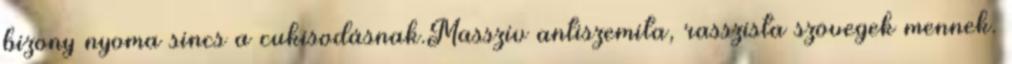
bizony nyoma sincs a cukisodásnak.Masszív antiszemita, rasszista szövegek mennek.